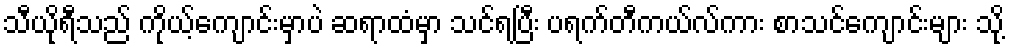
သီယိုရီသည် ကိုယ့်ကျောင်းမှာပဲ ဆရာထံမှာ သင်ရပြီး ပရက်တီကယ်လ်ကား စာသင်ကျောင်းများ သို့